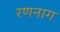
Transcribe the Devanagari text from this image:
रणनाग